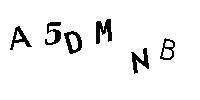
A5DMNB